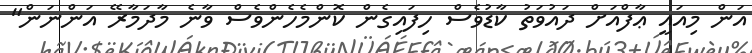
އަން މިއައީ ޢާފްއަށް ދައުވަތު ކާޑުވެސް ހިފައިގެން ކޮންމެހެންވެސް ވާނެ މާދަމާރޭ އަންނަން"